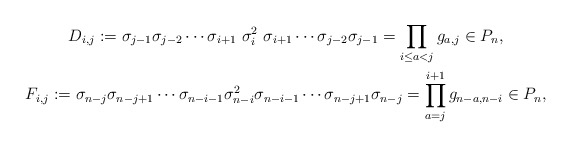
\begin{gather*}D_{i,j}:=\sigma_{j-1}\sigma_{j-2}\cdots\sigma_{i+1}~\sigma_{i}^2~\sigma_{i+1}\cdots\sigma_{j-2}\sigma_{j-1}=\prod_{i \le a < j}g_{a,j} \in P_{n},\\F_{i,j}:=\sigma_{n-j} \sigma_{n-j+1} \cdots \sigma_{n-i-1} \sigma_{n-i}^{2} \sigma_{n-i-1} \cdots \sigma_{n-j+1} \sigma_{n-j}=\prod_{a=j}^{i+1} g_{n-a,n-i} \in P_n,\end{gather*}